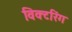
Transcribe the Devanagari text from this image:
विक्टरिंग